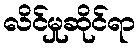
လိင်မှုဆိုင်ရာ